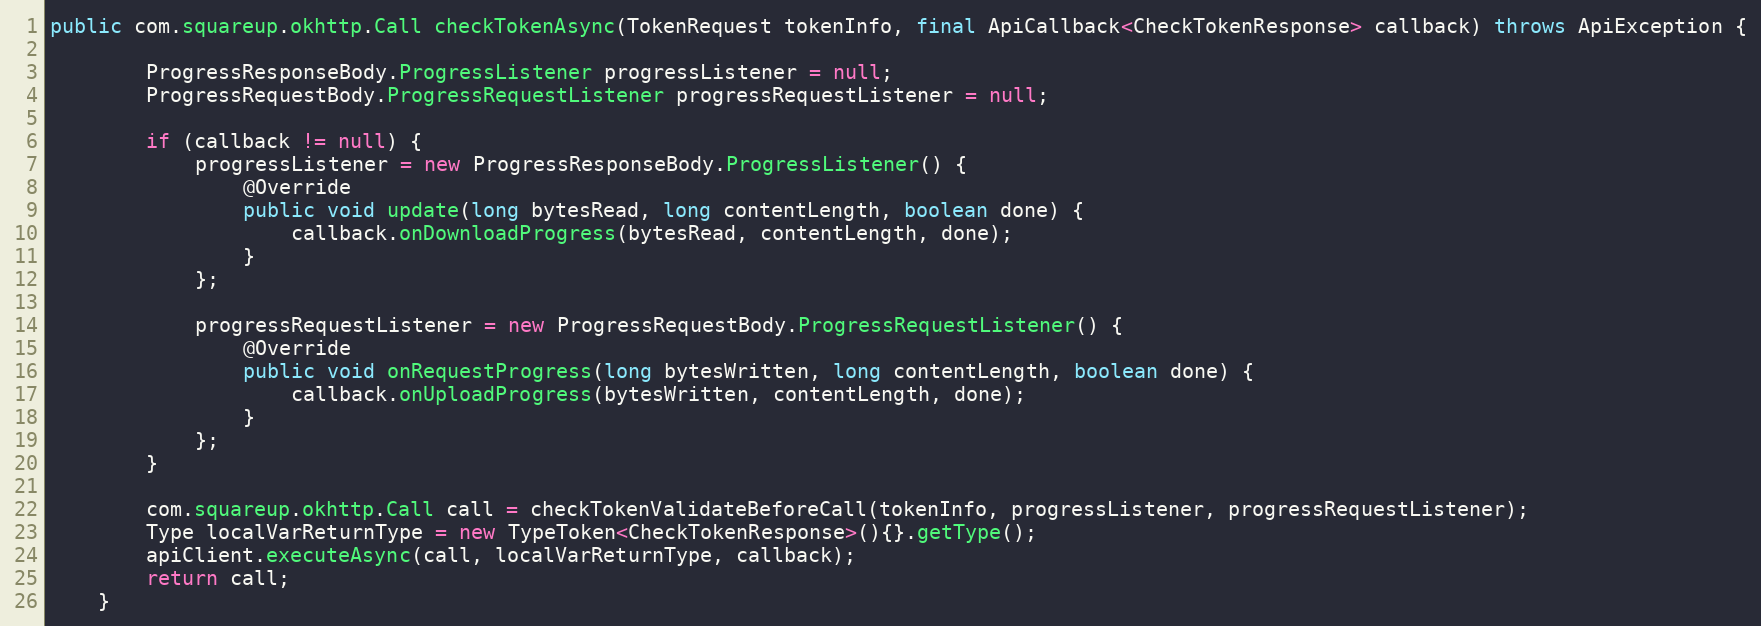
Language: Java
public com.squareup.okhttp.Call checkTokenAsync(TokenRequest tokenInfo, final ApiCallback<CheckTokenResponse> callback) throws ApiException {

        ProgressResponseBody.ProgressListener progressListener = null;
        ProgressRequestBody.ProgressRequestListener progressRequestListener = null;

        if (callback != null) {
            progressListener = new ProgressResponseBody.ProgressListener() {
                @Override
                public void update(long bytesRead, long contentLength, boolean done) {
                    callback.onDownloadProgress(bytesRead, contentLength, done);
                }
            };

            progressRequestListener = new ProgressRequestBody.ProgressRequestListener() {
                @Override
                public void onRequestProgress(long bytesWritten, long contentLength, boolean done) {
                    callback.onUploadProgress(bytesWritten, contentLength, done);
                }
            };
        }

        com.squareup.okhttp.Call call = checkTokenValidateBeforeCall(tokenInfo, progressListener, progressRequestListener);
        Type localVarReturnType = new TypeToken<CheckTokenResponse>(){}.getType();
        apiClient.executeAsync(call, localVarReturnType, callback);
        return call;
    }